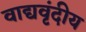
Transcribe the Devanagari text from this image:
वाद्यवृंदीय